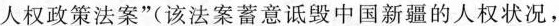
人权政策法案”(该法案蓄意诋毁中国新疆的人权状况，